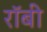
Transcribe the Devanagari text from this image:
राॅबी